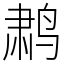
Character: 鹔